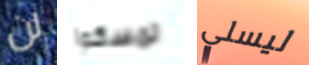
لن تمسكوا ليسلي